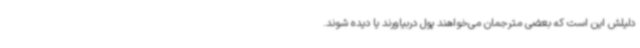
دلیلش این است که بعضی مترجمان می‌خواهند پول دربیاورند یا دیده شوند.